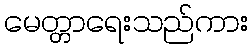
မေတ္တာရေးသည်ကား